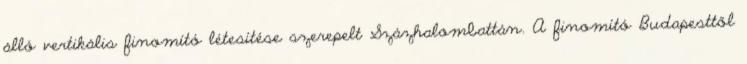
álló vertikális finomító létesítése szerepelt Százhalombattán. A finomító Budapesttől